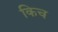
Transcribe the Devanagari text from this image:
किच